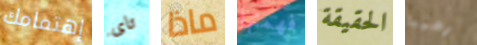
إهتمامك تاى ماذا فهمتها الحقيقة رهيبا